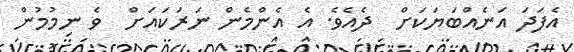
އެފަދަ އަނެއްބަޔަކަށް  ދެއެވެ. އެ އެންމެން ނަރަކައަށް  ވެ ނިމުމުން